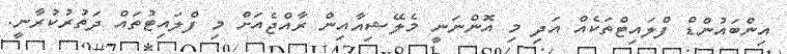
އިންބައުންޑް ފްލައިޓްތަކެއް އަދި މި އޮންނަނީ މެލޭޝިއާއިން ރާއްޖެއަށް މި ފްލައިޓުތައް ދަތުރުކުރާނީ.